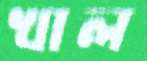
খাল